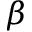
\beta